Vaccination report Assam 1874-1896 - 1874-1896
Year: 1874
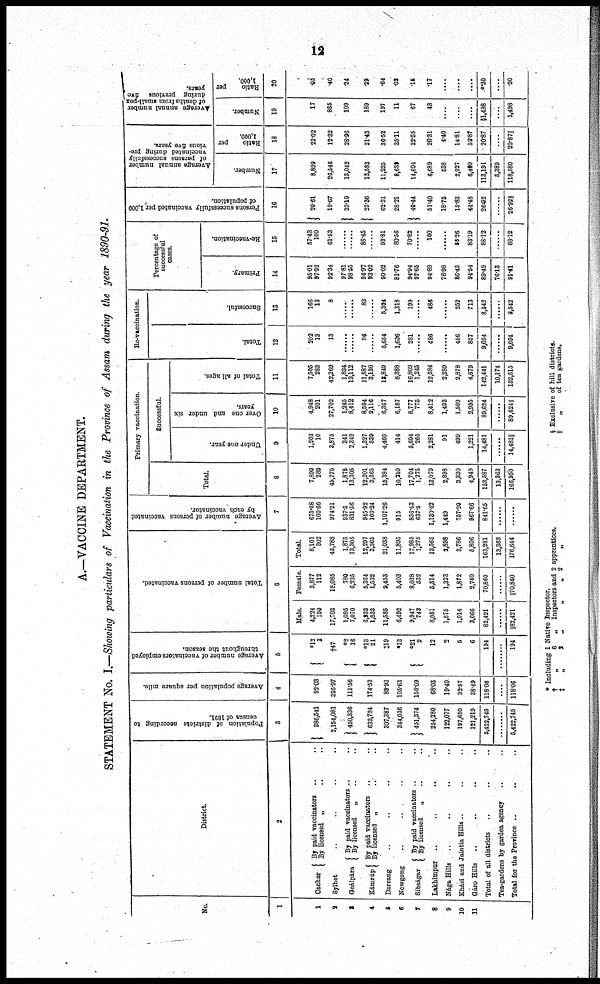
12
A.—VACCINE DEPARTMENT.
STATEMENT No. I.—Showing particulars of Vaccination in the Province of Assam during the year 1890-91.
No.
1
1
2
3
4
5
6
7
8
9
10
11
District.
2
Cachar
By paid vaccinators
.. ..
By licensed „ .. ..
Sylhet .. .. .. ..
Goálpára
Kámrúp
By paid vaccinators .. ..
By licensed
„ .. ..
By paid vaccinators .. ..
By licensed „ .. ..
Darrang .. .. .. .. ..
Nowgong .. .. .. .. ..
Sibságar
By paid vaccinators .. ..
By licensed
„ .. ..
Lakhimpur
..
..
..
..
..
Nága Hills
.. .. .. .. ..
Khási and Jaintia Hills .. .. ..
Gáro Hills
.. .. .. .. ..
Total of all districts
.. .. ..
Tea-gardens by garden agency .. ..
Total for the Province .. .. ..
Population of districts according to
census of 1891.
3
386,541
2,154,081
450,336
633,724
307,387
344,036
451,374
254,280
122,077
197,690
121,219
5,422,745
........
5,422,745
Average population per square mile.
4
92.03
395.97
115.56
174.53
89.93
105.63
158.09
68.03
19.40
32.57
38.49
118.06
........
118.06
Average number of vaccinators employed
throughout the season.
5
*12 3
†47
*2
16
*13
21
‡19
*13
*21
2
12
2
5
6
194
........
194
Total number of persons vaccinated.
6
Male
4,224
190
17,703
1,095
7,070
6,933
1,833
11,585
6,492
9,947
743
8,051
1,575
1,914
3,066
82,421
........
||82,421
Female.
3,877
112
18,085
780
6,235
5,364
1,532
9,453
5,403
8,038
532
5,514
1,323
1,872
2,740
70,860
........
|| 70,860
Total
8,101
302
45,788
1,875
13,305
12,297
3,365
21,038
11,895
17,985
1,275
13,565
2,898
3,786
5,806
163,281
13,363
176,644
Average number of persons vaccinated
by each vaccinator.
7
675.08
100.66
974.21
937.5
831.56
945.92
160.24
1,107.26
915
856.43
637.5
1,130.42
1,449
757.20
967.66
841.65
......
....
Primary vaccination.
Total.
8
7,899
289
45,775
1,875
13,305
12,201
3,365
15,384
10,259
17,704
1,275
13,079
2,898
3,330
4,949
153,587
13,363
166,950
Successful.
Under one year.
9
1,203
10
3,875
341
2,349
1,327
539
4,460
414
5,604
265
2,281
91
499
1,221
14,481
........
14,481||
Over one and under six
years.
10
4,948
201
27,702
1,245
8,412
8,594
2,116
6,367
6,187
8,777
775
8,412
1,493
1,500
2,995
89,624
........
89,624||
Total of all ages.
11
7,505
283
42,269
1,834
13,112
11,587
3,130
13,849
8,388
16,809
1,245
12,584
2,289
2,878
4,679
142,441
10,174
152,615
Re-vaccination.
Total.
12
202
13
13
......
......
96
......
5,654
1,636
281
........
486
........
456
857
9,694
......
9,694
Successful.
13
166
13
8
......
......
83
......
5,304
1,318
199
......
486
......
252
713
8,542
......
8,542
Percentage of
successful
cases.
Primary.
14
95.01
97.92
92.34
97.81
98.55
94.97
93.02
90.02
81.76
94.94
97.66
94.89
78.98
86.43
94.54
89.49
76.13
91.41
Re-vaccination.
15
57.43
100
61.53
........
........
86.45
........
93.81
80.56
70.82
........
100
........
55.26
83.19
88.12
......
88.12
Persons successfully vaccinated per 1,000
of population.
16
20.61
19.67
33.19
23.36
62.31
28.21
40.44
51.40
18.75
15.83
44.48
26.92
......
26.92||
Average annual number
of persons successfully
vaccinated during pre-
vious five years.
Number.
17
8,899
26,546
13,042
13,583
11,225
8,639
14,694
6,689
538
2,927
6,409
113,191
5,389
118,580
Ratio
per
1,000.
18
23.02
12.32
28.96
21.43
36.52
25.11
32.55
26.31
4.40
14.81
52.87
20.87
....
20.87||
Average annual number
of deaths from small-pox
during previous five
years.
Number.
19
17
865
109
189
197
11
67
43
....
....
....
§1,498
....
1,498
Ratio
per
1,000.
20
.05
.40
.24
.29
.64
.03
.15
.17
....
....
....
*.30
....
.30
*
†
‡
Including 1 Native Inspector.
„
6
„
Inspectors and 2 apprentices.
„
2
„
„
„ 2
„
§Exclusive of hill districts.
||
„
of tea gardens.